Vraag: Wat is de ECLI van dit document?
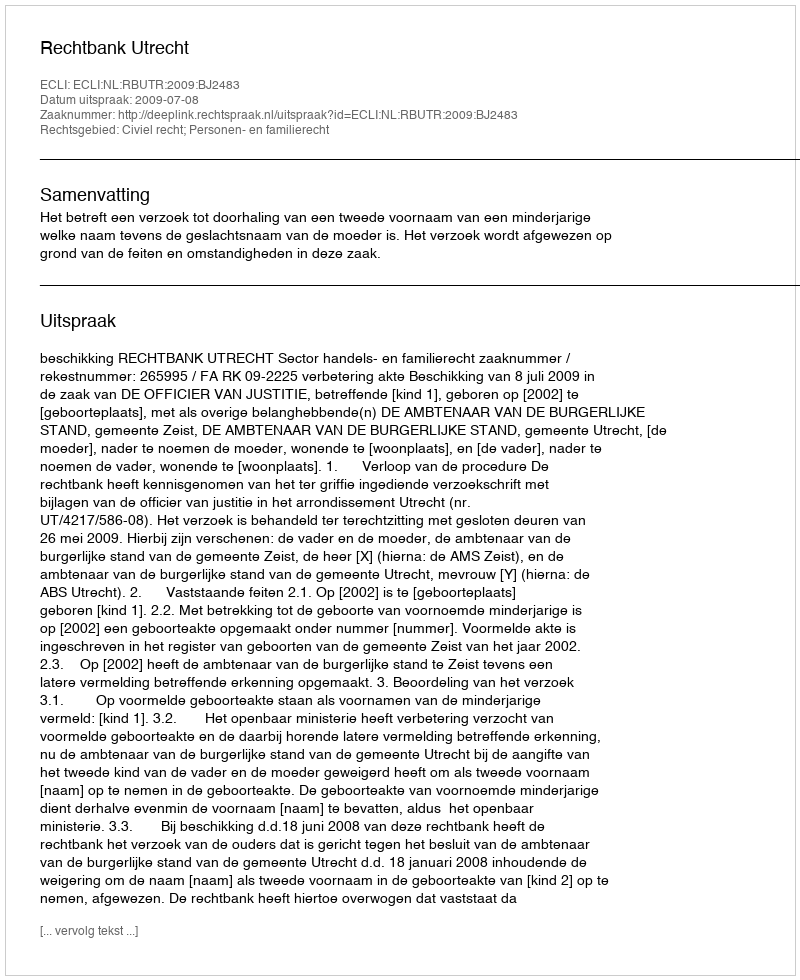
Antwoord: ECLI:NL:RBUTR:2009:BJ2483